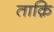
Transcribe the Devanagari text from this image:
ताक़ि